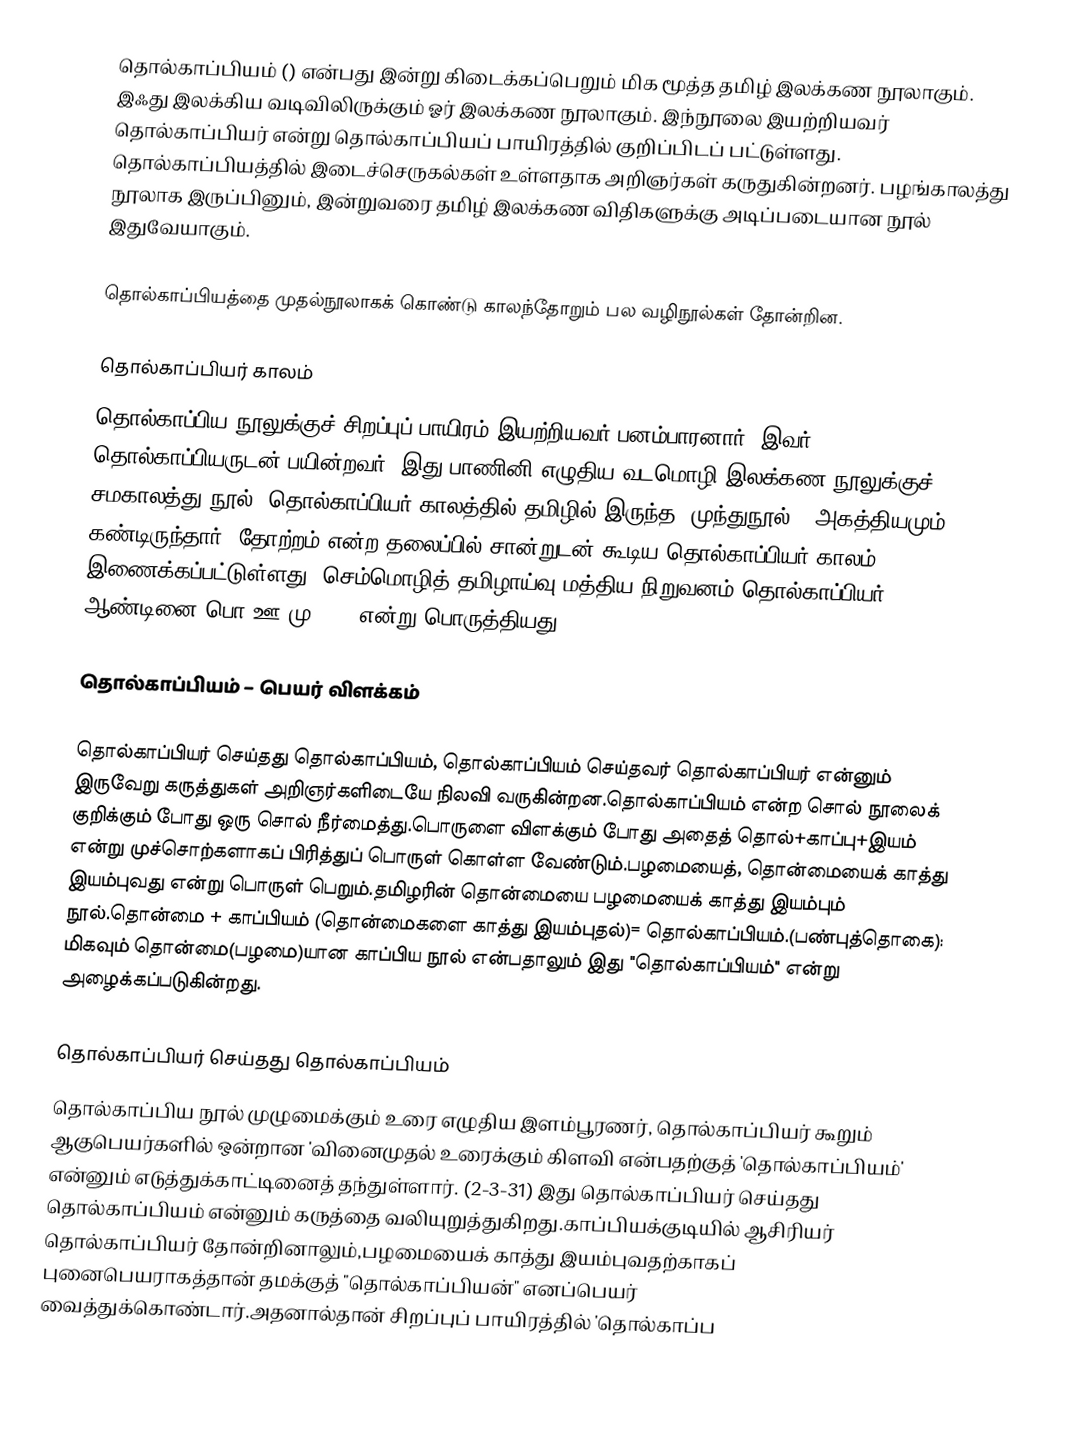
தொல்காப்பியம் () என்பது இன்று கிடைக்கப்பெறும் மிக மூத்த தமிழ் இலக்கண நூலாகும். இஃது இலக்கிய வடிவிலிருக்கும் ஓர் இலக்கண நூலாகும். இந்நூலை இயற்றியவர் தொல்காப்பியர் என்று தொல்காப்பியப் பாயிரத்தில் குறிப்பிடப் பட்டுள்ளது. தொல்காப்பியத்தில் இடைச்செருகல்கள் உள்ளதாக அறிஞர்கள் கருதுகின்றனர். பழங்காலத்து நூலாக இருப்பினும், இன்றுவரை தமிழ் இலக்கண விதிகளுக்கு அடிப்படையான நூல் இதுவேயாகும்.

தொல்காப்பியத்தை முதல்நூலாகக் கொண்டு காலந்தோறும் பல வழிநூல்கள் தோன்றின.

தொல்காப்பியர் காலம்
தொல்காப்பிய நூலுக்குச் சிறப்புப் பாயிரம் இயற்றியவர் பனம்பாரனார். இவர் தொல்காப்பியருடன் பயின்றவர். இது பாணினி எழுதிய வடமொழி இலக்கண நூலுக்குச் சமகாலத்து நூல். தொல்காப்பியர் காலத்தில் தமிழில் இருந்த 'முந்துநூல்' (அகத்தியமும்) கண்டிருந்தார். தோற்றம் என்ற தலைப்பில் சான்றுடன் கூடிய தொல்காப்பியர் காலம் இணைக்கப்பட்டுள்ளது. செம்மொழித் தமிழாய்வு மத்திய நிறுவனம் தொல்காப்பியர் ஆண்டினை பொ.ஊ.மு. 711 என்று பொருத்தியது.

தொல்காப்பியம் – பெயர் விளக்கம்

தொல்காப்பியர் செய்தது தொல்காப்பியம், தொல்காப்பியம் செய்தவர் தொல்காப்பியர் என்னும் இருவேறு கருத்துகள் அறிஞர்களிடையே நிலவி வருகின்றன.தொல்காப்பியம் என்ற சொல் நூலைக் குறிக்கும் போது ஒரு சொல் நீர்மைத்து.பொருளை விளக்கும் போது அதைத் தொல்+காப்பு+இயம் என்று முச்சொற்களாகப் பிரித்துப் பொருள் கொள்ள வேண்டும்.பழமையைத், தொன்மையைக் காத்து இயம்புவது என்று பொருள் பெறும்.தமிழரின் தொன்மையை பழமையைக் காத்து இயம்பும் நூல்.தொன்மை + காப்பியம் (தொன்மைகளை காத்து இயம்புதல்)= தொல்காப்பியம்.(பண்புத்தொகை): மிகவும் தொன்மை(பழமை)யான காப்பிய நூல் என்பதாலும் இது "தொல்காப்பியம்" என்று அழைக்கப்படுகின்றது.

தொல்காப்பியர் செய்தது தொல்காப்பியம்
தொல்காப்பிய நூல் முழுமைக்கும் உரை எழுதிய இளம்பூரணர், தொல்காப்பியர் கூறும் ஆகுபெயர்களில் ஒன்றான 'வினைமுதல் உரைக்கும் கிளவி என்பதற்குத் 'தொல்காப்பியம்' என்னும் எடுத்துக்காட்டினைத் தந்துள்ளார். (2-3-31) இது தொல்காப்பியர் செய்தது தொல்காப்பியம் என்னும் கருத்தை வலியுறுத்துகிறது.காப்பியக்குடியில் ஆசிரியர் தொல்காப்பியர் தோன்றினாலும்,பழமையைக் காத்து இயம்புவதற்காகப் புனைபெயராகத்தான் தமக்குத் "தொல்காப்பியன்" எனப்பெயர் வைத்துக்கொண்டார்.அதனால்தான் சிறப்புப் பாயிரத்தில் 'தொல்காப்ப